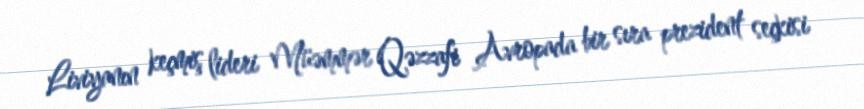
Liviyanın keçmiş lideri Müəmmər Qəzzafi Avropada bir sıra prezident seçkisi